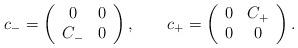
LaTeX: \begin{align*}c_- = \left( \begin{array}{cc}0 & 0 \\C_- & 0\end{array} \right), \qquad c_+ = \left( \begin{array}{cc}0 & C_+ \\0 & 0\end{array} \right). \end{align*}